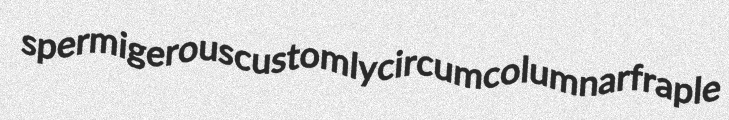
spermigerous customly circumcolumnar fraple